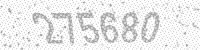
Solution: 275680